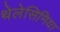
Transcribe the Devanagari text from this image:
थेलेसिमिया